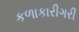
કળાકારીગરી